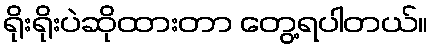
ရိုးရိုးပဲဆိုထားတာ တွေ့ရပါတယ်။